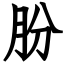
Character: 肦